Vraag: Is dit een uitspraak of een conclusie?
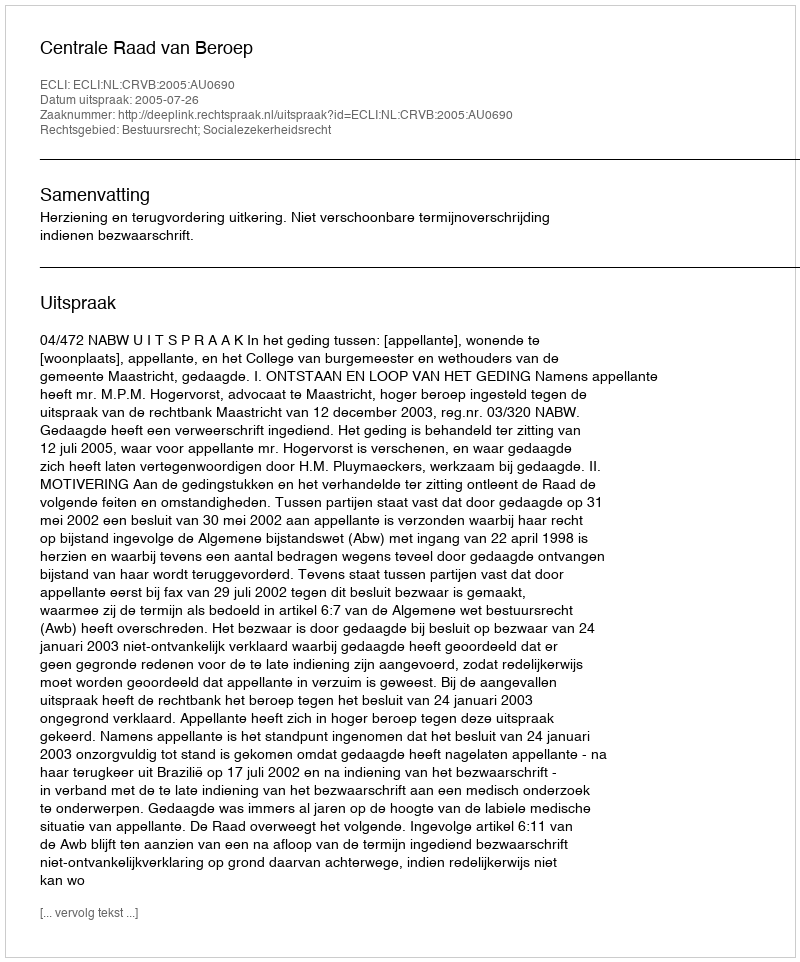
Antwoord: Uitspraak